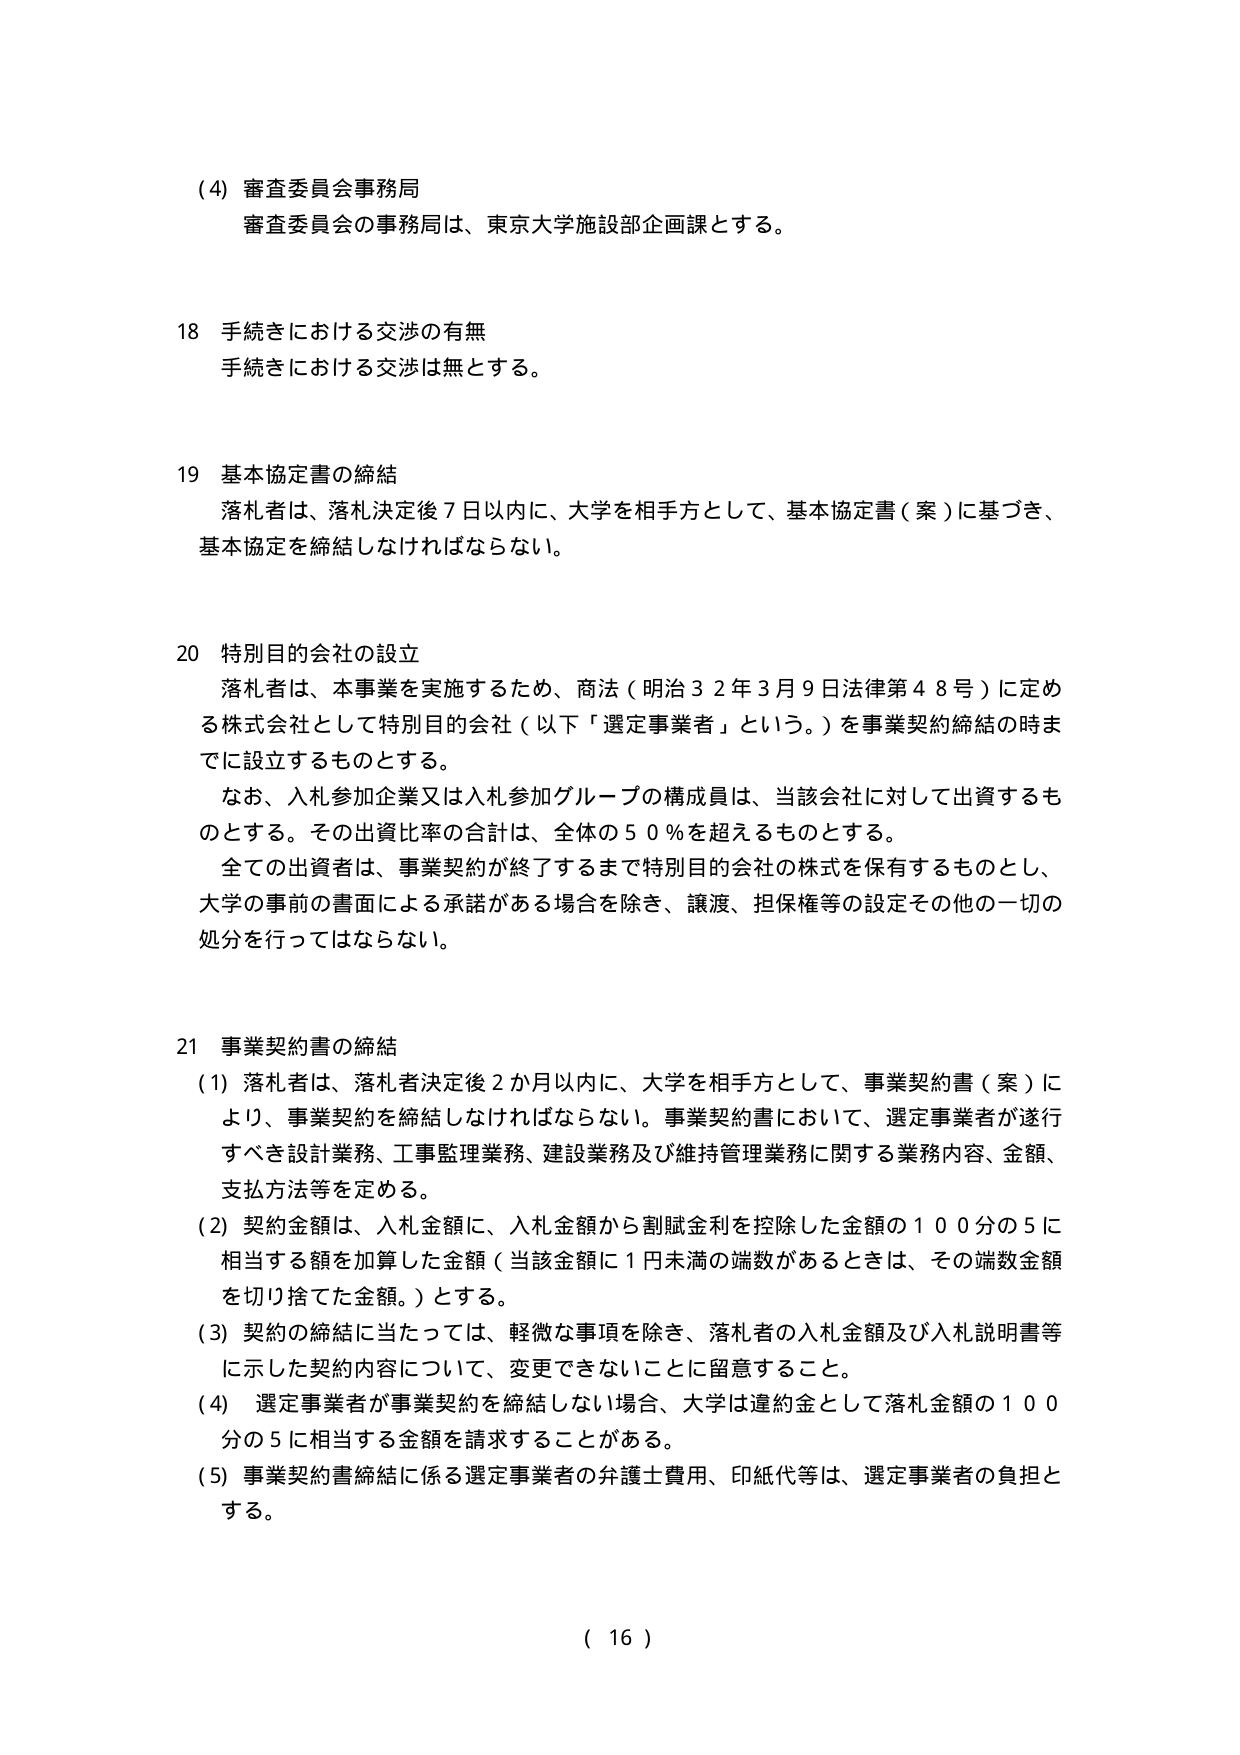
(4) 審査委員会事務局
審査委員会の事務局は、東京大学施設部企画課とする。

18 手続きにおける交渉の有無
手続きにおける交渉は無とする。

19 基本協定書の締結
落札者は、落札決定後７日以内に、大学を相手方として、基本協定書（案）に基づき、
基本協定を締結しなければならない。

20 特別目的会社の設立
落札者は、本事業を実施するため、商法（明治３２年３月９日法律第４８号）に定める株式会社として特別目的会社（以下「選定事業者」という。）を事業契約締結の時までに設立するものとする。
なお、入札参加企業又は入札参加グループの構成員は、当該会社に対して出資するものとする。その出資比率の合計は、全体の５０％を超えるものとする。
全ての出資者は、事業契約が終了するまで特別目的会社の株式を保有するものとし、大学の事前の書面による承諾がある場合を除き、譲渡、担保権等の設定その他的一切の処分を行ってはならない。

21 事業契約書の締結
(1) 落札者は、落札者決定後２か月以内に、大学を相手方として、事業契約書（案）により、事業契約を締結しなければならない。事業契約書において、選定事業者が遂行すべき設計業務、工事監理業務、建設業務及び維持管理業務に関する業務内容、金額、支払方法等を定める。
(2) 契約金額は、入札金額に、入札金額から割賦金利を控除した金額の１００分の５に相当する額を加算した金額（当該金額に１円未満の端数があるときは、その端数金額を切り捨てた金額。）とする。
(3) 契約の締結に当たっては、軽微な事項を除き、落札者の入札金額及び入札説明書等に示した契約内容について、変更できないことに留意すること。
(4) 選定事業者が事業契約を締結しない場合、大学は違約金として落札金額の１００分の５に相当する金額を請求することがある。
(5) 事業契約書締結に係る選定事業者の弁護士費用、印紙代等は、選定事業者の負担とする。

( 16 )